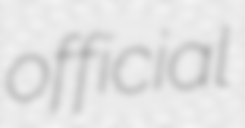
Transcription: official